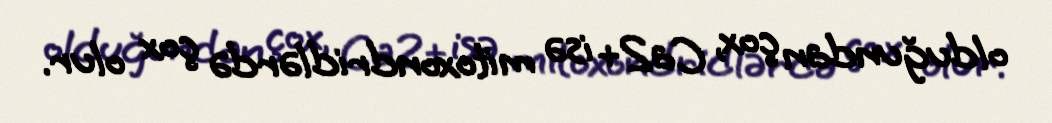
olduğundan çox, Ca2+ isə mitoxondridlərdə çox olur.